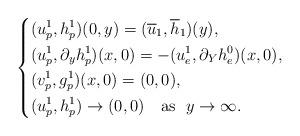
LaTeX: \begin{align*}\left \{\begin{aligned}&(u^1_p,h^1_p)(0,y)=(\overline{u}_1,\overline{h}_1)(y),\\&(u^1_p,\partial_y h^1_p)(x,0)=-(u^1_e,\partial_Y h^0_e)(x,0),\\&(v^1_p,g^1_p)(x,0)=(0,0),\\&(u^1_p,h^1_p) \to (0,0) \ \ \ \mathrm{as} \ \ y \to \infty.\end{aligned}\right.\end{align*}